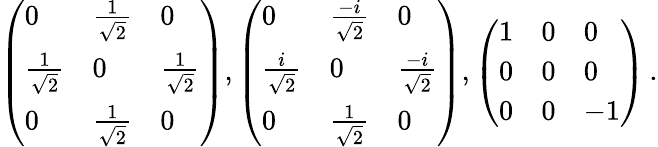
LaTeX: \left(\begin{array}{lll}{0}&{\frac{1}{{\sqrt{2}}}}&{0}\\ {\frac{1}{{\sqrt{2}}}}&{0}&{\frac{1}{{\sqrt{2}}}}\\ {0}&{\frac{1}{{\sqrt{2}}}}&{0}\end{array}\right),\left(\begin{array}{lll}{0}&{\frac{-i}{\sqrt{2}}}&{0}\\ {\frac{i}{{\sqrt{2}}}}&{0}&{\frac{-i}{{\sqrt{2}}}}\\ {0}&{\frac{1}{{\sqrt{2}}}}&{0}\end{array}\right),\left(\begin{array}{lll}{1}&{0}&{0}\\ {0}&{0}&{0}\\ {0}&{0}&{-1}\end{array}\right)\, .